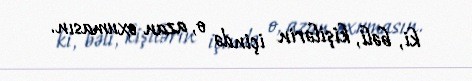
ki, bəli, kişilərin içində o, azan oxumasın.